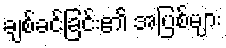
ချစ်ခင်ခြင်း၏ အပြစ်များ